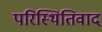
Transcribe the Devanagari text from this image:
परिस्थितिवाद